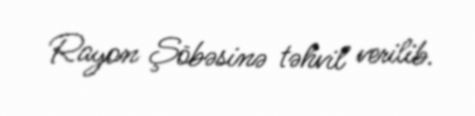
Rayon Şöbəsinə təhvil verilib.